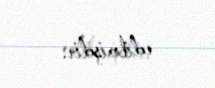
edilmişdir.